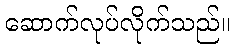
ဆောက်လုပ်လိုက်သည်။